Report on the working of the Ranchi Indian Mental Hospital, Kanke, in Bihar and Orissa - 1930-1940
Year: 1930
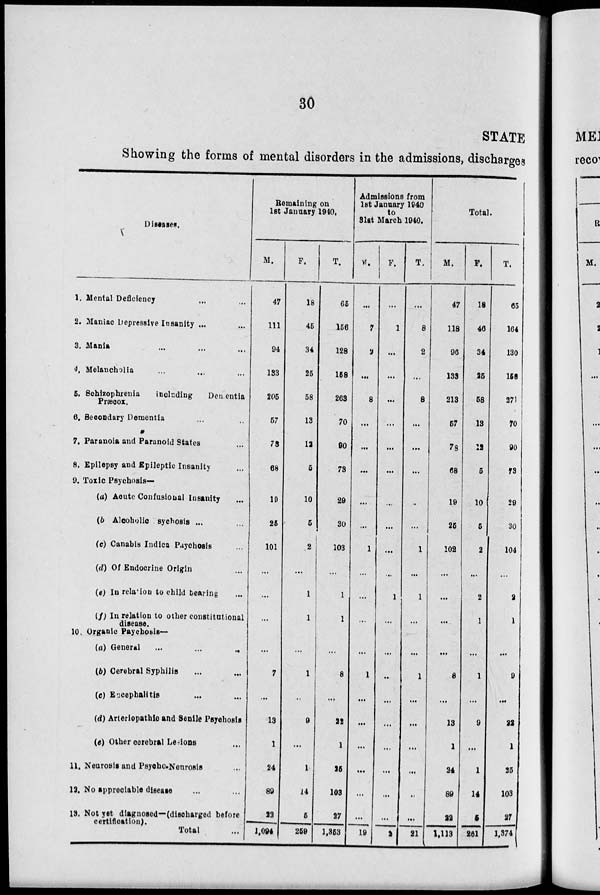
30
STATE
Showing the forms of mental disorders in the admissions, discharges
Diseases.
1. Mental Deficiency ... ...
2. Maniac Depressive Insanity ... ...
3. Mania
...
...
...
4. Melancholia
...
...
...
5. Schizophrenia
including
Dementia
Præcox.
6. Secondary Dementia ... ... ...
7. Paranoia and Paranoid States ...
8. Epilepsy and Epileptic Insanity ...
9. Toxic Psychosis—
(a) Acute Confusional Insanity ...
(b) Alcoholic sychosis ...
(e) Canabis Indica Paychosis ...
(d) Of Endoorine Origin ...
(e) In relation to child bearing ...
(f) In relation to other constitutional
disease.
10. Organic Paychoais—
(a) General ... ... ...
(b) Cerebral Syphilis ... ...
(c) Encephalitis ... ...
(d) Arteriopathic and Senile Psychosis
(e) Other cerebral Lesions ...
11. Neurosis and Psyeho-Neurosis ...
13. No appreciable disease ... ...
13. Not yet diagnosed—(discharged before
certification).
Total ...
Remaining on
1st January 1940,
M.
47
111
94
133
205
57
78
68
19
25
101
...
...
...
...
7
...
13
1
24
89
22
1,094
F.
18
45
34
25
58
13
12
5
10
5
2
...
1
1
...
1
...
9
...
1
14
5
259
T.
65
156
128
158
263
70
90
73
29
30
103
...
1
1
...
8
...
22
1
25
103
27
1,353
Admissions from
1st January 1940
to
Slat March 1940.
M.
...
7
2
...
8
...
...
...
...
...
1
...
...
...
...
1
...
...
...
...
...
...
19
F.
...
1
...
...
...
...
...
...
...
...
...
...
1
...
...
...
...
...
...
...
...
...
2
T.
...
8
2
...
8
...
...
...
..
...
1
...
1
...
...
1
...
...
...
...
..
...
21
Total.
M.
47
118
96
133
213
57
78
68
19
25
102
...
...
...
...
8
...
13
1
24
89
22
1,113
F.
18
46
34
25
58
13
12
5
10
5
2
...
2
1
...
1
...
9
...
1
14
5
261
T.
65
164
130
158
271
70
90
73
29
30
104
...
2
1
...
9
...
22
1
25
103
27
1,374